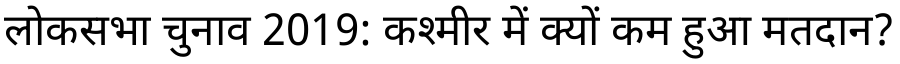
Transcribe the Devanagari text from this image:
लोकसभा चुनाव 2019: कश्मीर में क्यों कम हुआ मतदान?